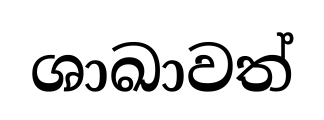
ශාඛාවත්